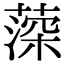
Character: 𦸂